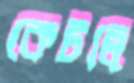
কেটলি